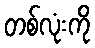
တစ်လုံးကို